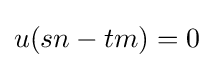
u(sn-tm)=0